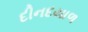
દીનદયાળ